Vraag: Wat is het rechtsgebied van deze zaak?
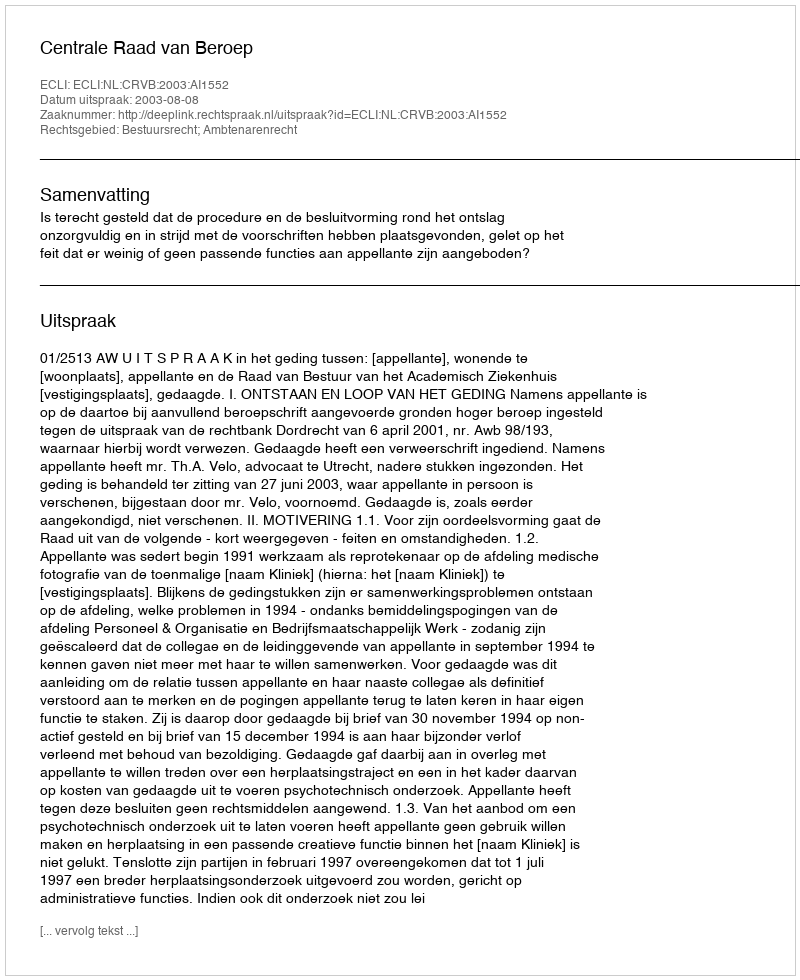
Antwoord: Bestuursrecht; Ambtenarenrecht